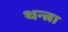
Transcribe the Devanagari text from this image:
थन्त्रा